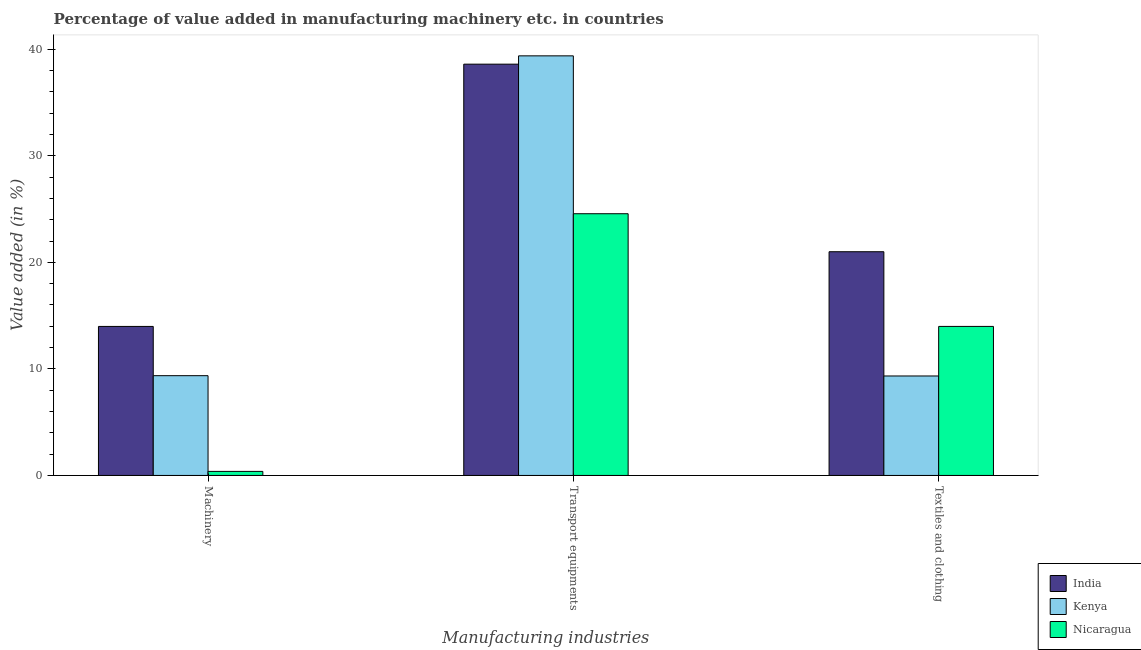
| Manufacturing industries | India | Kenya | Nicaragua |
 | --- | --- | --- | --- |
 | Machinery | 14 | 9.37 | 0.379 |
 | Transport equipments | 38.6 | 39.4 | 24.6 |
 | Textiles and clothing | 21 | 9.34 | 14 |